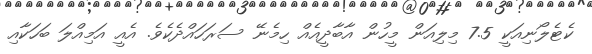
ކެޓެލޯނިއަކީ 7.5 މިލިއަން މީހުން އާބާދީއެއް ހިމެނޭ ސަރަހައްދެކެވެ. އެއީ އަމިއްލަ ބަހަކާއި